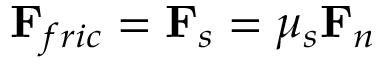
\mathbf { F } _ { f r i c } = \mathbf { F } _ { s } = \mu _ { s } \mathbf { F } _ { n }